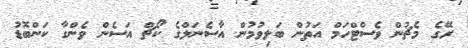
ރޭގެ މެޗުން ވެސްޓްހަމް އަތުން ބަލިވުމުން އާސެނަލްގެ ކޯޗް އަސެން ވެންގާ ކަންބޮޑު